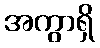
အကွာရှိ